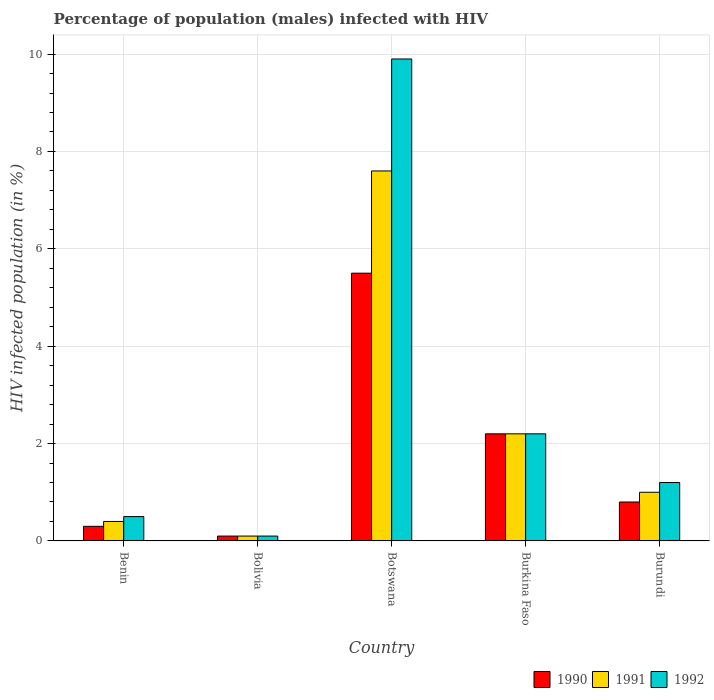
| Country | 1990 | 1991 | 1992 |
 | --- | --- | --- | --- |
 | Benin | 0.3 | 0.4 | 0.5 |
 | Bolivia | 0.1 | 0.1 | 0.1 |
 | Botswana | 5.5 | 7.6 | 9.9 |
 | Burkina Faso | 2.2 | 2.2 | 2.2 |
 | Burundi | 0.8 | 1 | 1.2 |